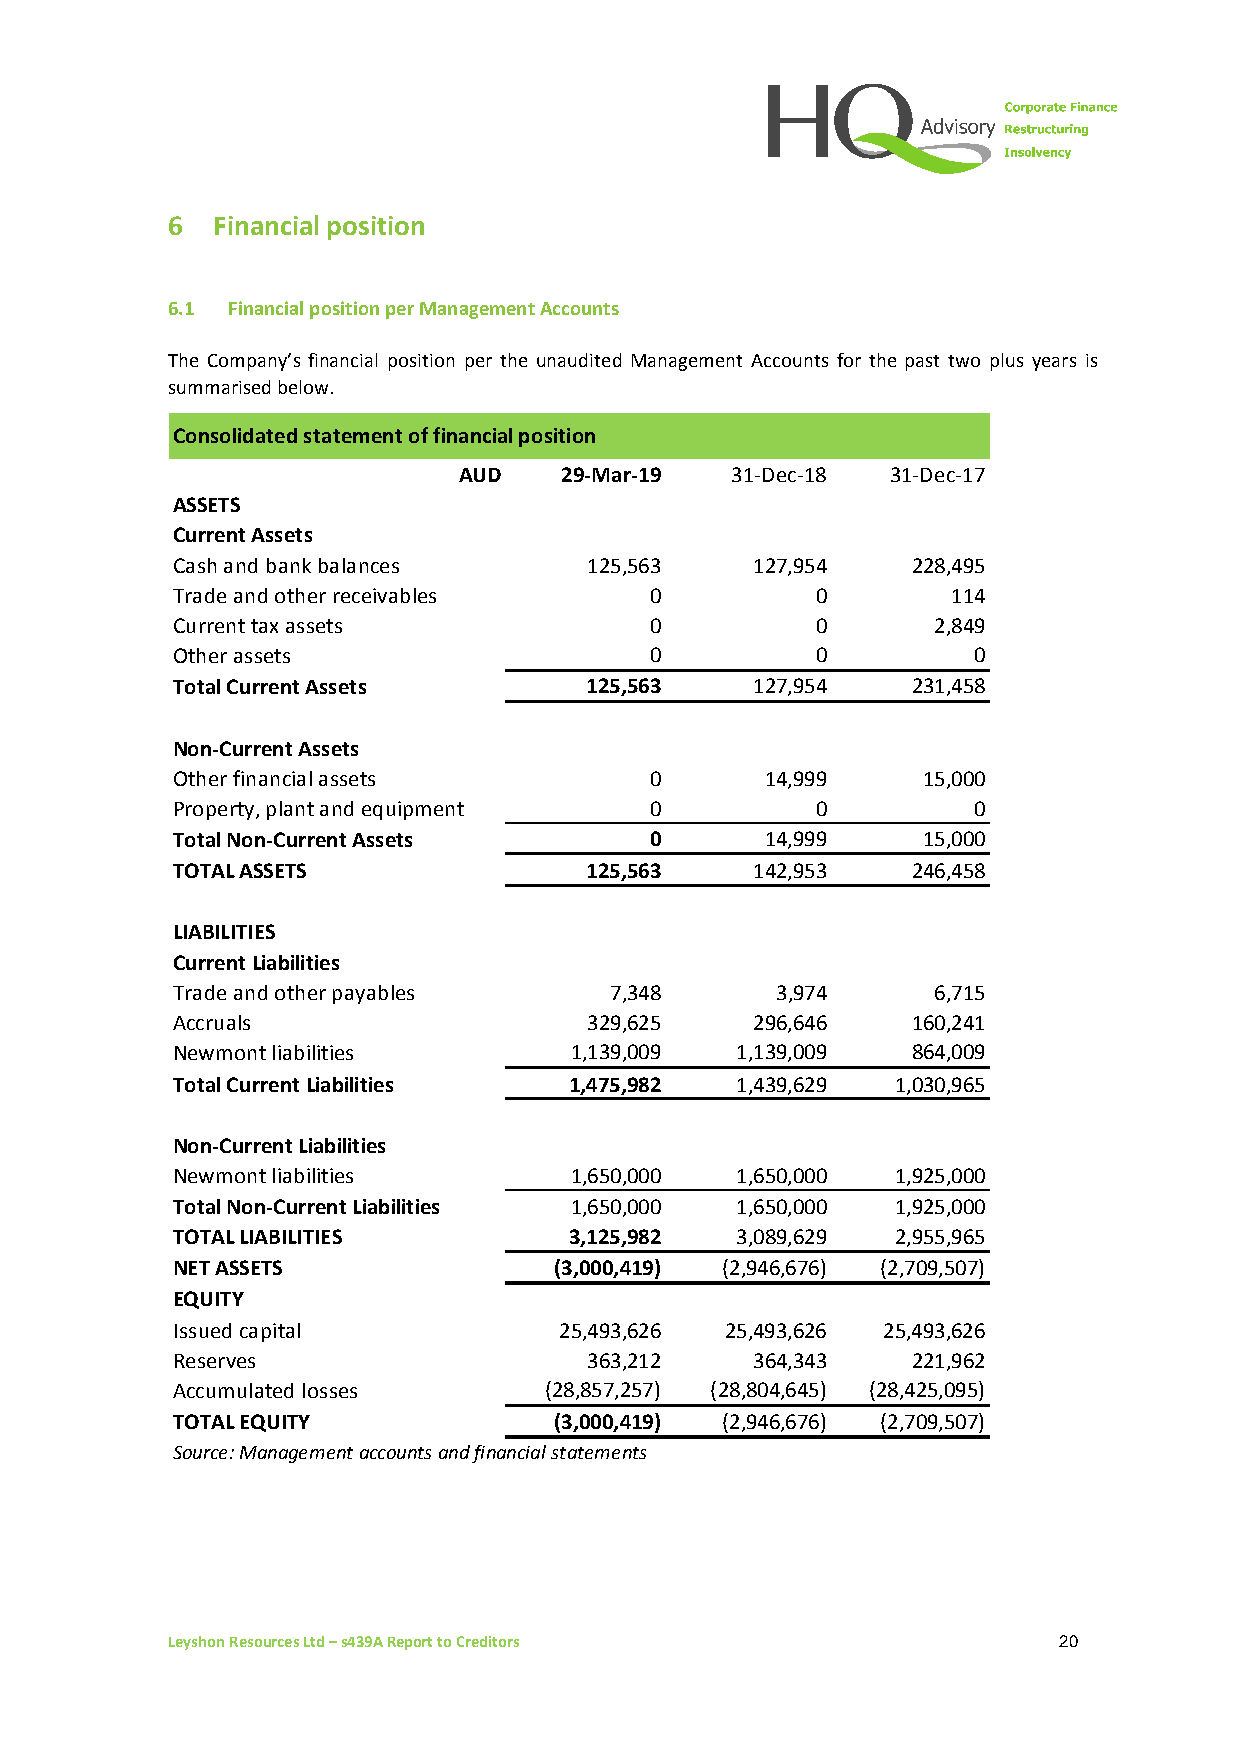
6  Financial position
 6.1 Financial position per Management Accounts
 The Company’s financial position per the unaudited Management Accounts for the past two plus years is
 summarised below.
 Consolidated statement of financial position
 AUD    29-Mar-19  31-Dec-18  31-Dec-17
 ASSETS
 Current Assets
 Cash and bank balances      125,563    127,954   228,495
 Trade and other receivables     0          0        114
 Current tax assets              0          0       2,849
 Other assets                    0          0         0
 Total Current Assets        125,563    127,954   231,458
 Non-Current Assets
 Other financial assets          0       14,999    15,000
 Property, plant and equipment   0          0         0
 Total Non-Current Assets        0       14,999    15,000
 TOTAL ASSETS                125,563    142,953   246,458
 LIABILITIES
 Current Liabilities
 Trade and other payables     7,348      3,974      6,715
 Accruals                    329,625    296,646   160,241
 Newmont liabilities        1,139,009  1,139,009  864,009
 Total Current Liabilities  1,475,982  1,439,629 1,030,965
 Non-Current Liabilities
 Newmont liabilities        1,650,000  1,650,000 1,925,000
 Total Non-Current Liabilities 1,650,000 1,650,000 1,925,000
 TOTAL LIABILITIES          3,125,982  3,089,629 2,955,965
 NET ASSETS                (3,000,419) (2,946,676) (2,709,507)
 EQUITY
 Issued capital            25,493,626 25,493,626 25,493,626
 Reserves                    363,212    364,343   221,962
 Accumulated losses       (28,857,257) (28,804,645) (28,425,095)
 TOTAL EQUITY              (3,000,419) (2,946,676) (2,709,507)
 Source: Management accounts and financial statements
 Leyshon Resources Ltd – s439A Report to Creditors          20